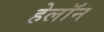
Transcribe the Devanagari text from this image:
हेलॉन